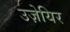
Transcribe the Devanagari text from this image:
उज़ेयिर